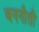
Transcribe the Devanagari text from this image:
वननीती